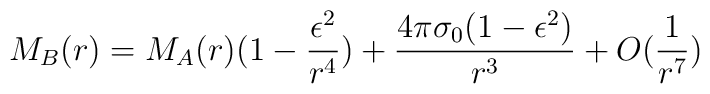
M_B(r)=M_A(r)(1-\frac{\epsilon^2}{r^4})+\frac{4\pi\sigma_0(1-\epsilon^2)}{r^3}+O(\frac{1}{r^7})